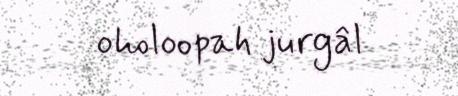
oholoopah jurgâl